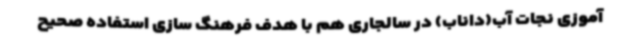
آموزی نجات آب(داناب) در سالجاری هم با هدف فرهنگ سازی استفاده صحیح